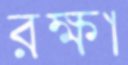
রক্ষা